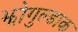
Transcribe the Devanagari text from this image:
झोगुल्डाक